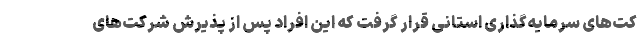
کت‌های سرمایه‌گذاری استانی قرار گرفت که این افراد پس از پذیرش شرکت‌های